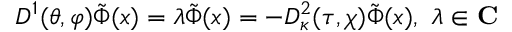
D ^ { 1 } ( \theta , \varphi ) \tilde { \Phi } ( x ) = \lambda \tilde { \Phi } ( x ) = - D _ { \kappa } ^ { 2 } ( \tau , \chi ) \tilde { \Phi } ( x ) , \ \lambda \in \mathbf { C }